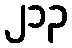
၂၁၃